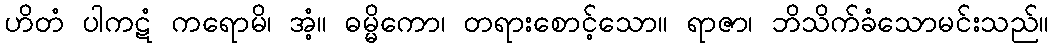
ဟိတံ ပါကဋံ ကရောမိ၊ အံ့။ ဓမ္မိကော၊ တရားစောင့်သော။ ရာဇာ၊ ဘိသိက်ခံသောမင်းသည်။